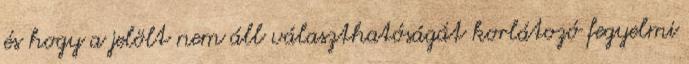
és hogy a jelölt nem áll választhatóságát korlátozó fegyelmi